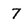
Character: 7